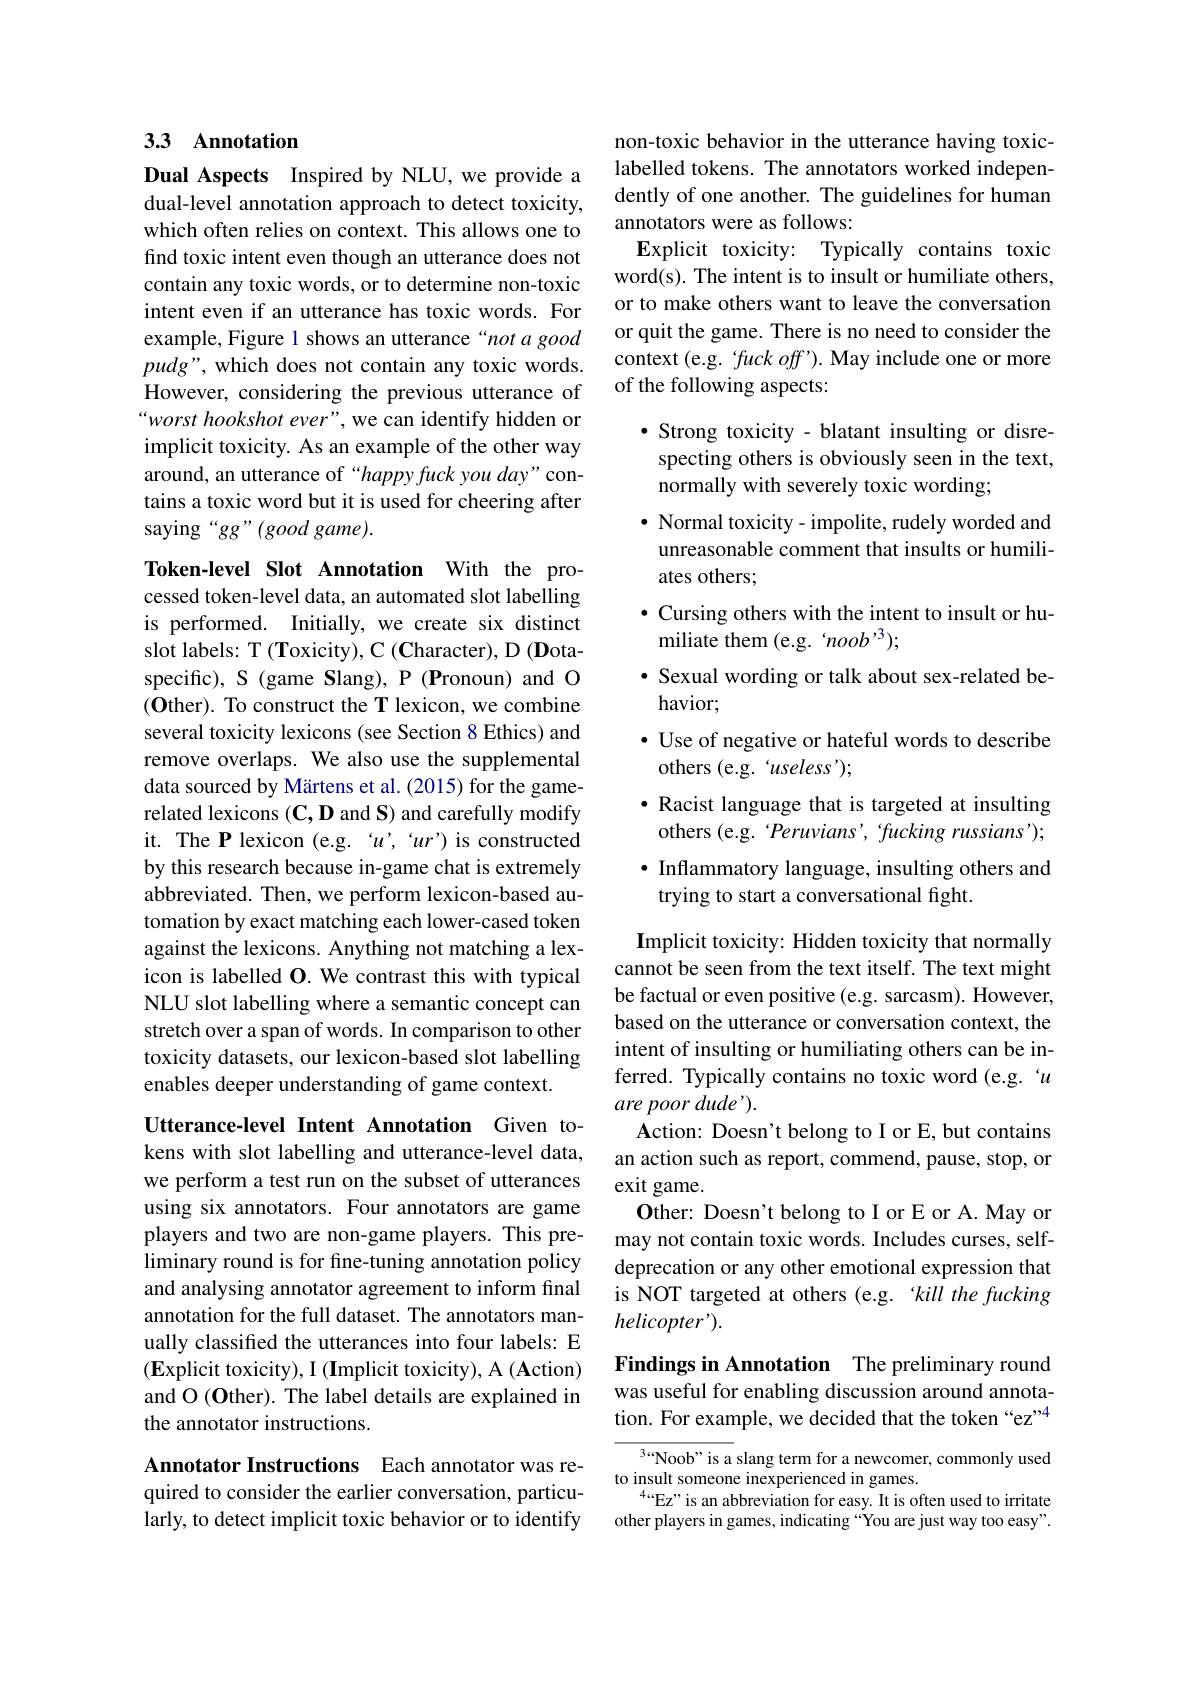
## 3.3 Annotation

Dual Aspects Inspired by NLU, we provide a dual-level annotation approach to detect toxicity, which often relies on context. This allows one to find toxic intent even though an utterance does not contain any toxic words, or to determine non-toxic intent even if an utterance has toxic words. For example, Figure 1 shows an utterance“not a good $pudg”,which$ does not contain any toxic words. However, considering the previous utterance of “worst hookshot ever", we can identify hidden or implicit toxicity. As an example of the other way around, an utterance of “happy fuck you day" contains a toxic word but it is used for cheering after saying“gg”(good game).

Token-level Slot Annotation With the processed token-level data, an automated slot labelling is performed. Initially, we create six distinct slot labels: T (Toxicity), C (Character), D (Dotaspecific), S (game Slang), P (Pronoun) and O $(\mathbf{O}$ther). To construct the T lexicon, we combine several toxicity lexicons (see Section 8 Ethics) and remove overlaps. We also use the supplemental data sourced by Märtens et al. (2015) for the gamerelated lexicons $(\mathbf{C},\mathbf{D}$ and S) and carefully modify it. The P lexicon (e.g. “u’,“ur”) is constructed by this research because in-game chat is extremely abbreviated. Then, we perform lexicon-based automation by exact matching each lower-cased token against the lexicons. Anything not matching a lexicon is labelled $\mathbf{O}.$ We contrast this with typical NLU slot labelling where a semantic concept can stretch over a span of words. In comparison to other toxicity datasets, our lexicon-based slot labelling enables deeper understanding of game context.

Utterance-level Intent Annotation Given tokens with slot labelling and utterance-level data, we perform a test run on the subset of utterances using six annotators. Four annotators are game players and two are non-game players. This preliminary round is for fine-tuning annotation policy and analysing annotator agreement to inform final annotation for the full dataset. The annotators manually classified the utterances into four labels: E $(\mathbf{E}$xplicit toxicity), I (Implicit toxicity), A (Action) and O (Other). The label details are explained in the annotator instructions.

Annotator Instructions Each annotator was re-

quired to consider the earlier conversation, particularly, to detect implicit toxic behavior or to identify

non-toxic behavior in the utterance having toxiclabelled tokens. The annotators worked independently of one another. The guidelines for human annotators were as follows:
Explicit toxicity: Typically contains toxid word(s). The intent is to insult or humiliate others, or to make others want to leave the conversation or quit the game. There is no need to consider the context (e.g. $fuck\textit{off' ) . May include one or more}$ of the following aspects:

$\bullet$ Strong toxicity - blatant insulting or disrespecting others is obviously seen in the text, normally with severely toxic wording;
$\bullet$ Normal toxicity- impolite, rudely worded and unreasonable comment that insults or humiliates others;
· Cursing others with the intent to insult or hu-
miliate them (e.g.‘noob’3);
· Sexual wording or talk about sex-related be-
havior;
· Use of negative or hateful words to describe
others (e.g.“useless”);
$\bullet$ Racist language that is targeted at insulting others (e.g. 'Peruvians', fucking russians'); · Inflammatory language, insulting others and
trying to start a conversational fight.

Implicit toxicity: Hidden toxicity that normally cannot be seen from the text itself. The text might be factual or even positive (e.g. sarcasm). However, based on the utterance or conversation context, the intent of insulting or humiliating others can be inferred. Typically contains no toxic word (e.g. 'u are poor dude').
Action: Doesn't belong to I or E, but contains an action such as report, commend, pause, stop, or exit game.
Other: Doesn't belong to I or E or A. May or may not contain toxic words. Includes curses, selfdeprecation or any other emotional expression that is NOT targeted at others (e.g. kill the fucking helicopter').

Findings in Annotation The preliminary round was useful for enabling discussion around annotation. For example, we decided that the token“ez”4

$^{3....\text{Noob" is a slang term for a newcomer, commonly used}}$
to insult someone inexperienced in games.
$^{4}$“Ez”is an abbreviation for easy. It is often used to irritate other players in games, indicating “You are just way too easy".